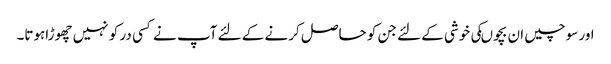
اور سوچیں ان بچوںکی خوشی کے لئے جن کو حاصل کرنے کے لئے آپ نے کسی در کو نہیں چھوڑاہوتا۔